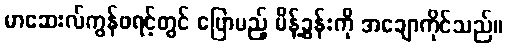
မာဆေးလ်ကွန်ဖရင့်တွင် ပြောမည့် မိန့်ခွန်းကို အချောကိုင်သည်။